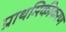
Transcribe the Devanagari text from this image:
प्राथमिकीकरण